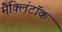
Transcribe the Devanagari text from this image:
मैक्लिंटॉक